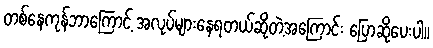
တစ်နေကုန်ဘာကြောင့် အလုပ်များနေရတယ်ဆိုတဲ့အကြောင်း ပြောဆိုပေးပါ။